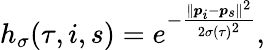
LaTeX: h_{\sigma}(\tau,i,s)=e^{-\frac{\lVert\boldsymbol{p}_{i}-\boldsymbol{p}_{s}\rVert^{2}}{2\sigma(\tau)^{2}}},